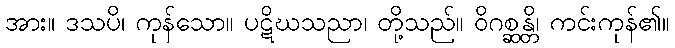
အား။ ဒသပိ၊ ကုန်သော။ ပဋိဃသညာ၊ တို့သည်။ ဝိဂစ္ဆန္တိ၊ ကင်းကုန်၏။